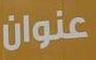
عذوان